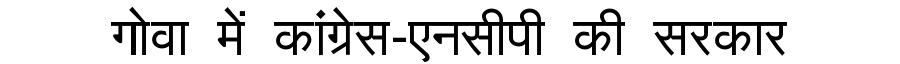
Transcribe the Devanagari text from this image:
गोवा में कांग्रेस-एनसीपी की सरकार